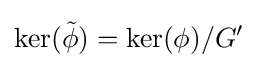
\ker({\tilde {\phi }})=\ker(\phi )/G'